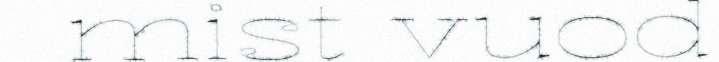
mist vuod